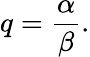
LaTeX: q={\frac{\alpha}{\beta}}.